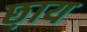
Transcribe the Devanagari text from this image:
छ़ाय